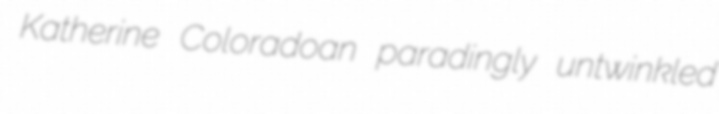
Katherine Coloradoan paradingly untwinkled